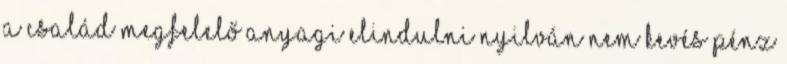
a család megfelelő anyagi elindulni nyilván nem kevés pénz